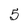
Character: 5